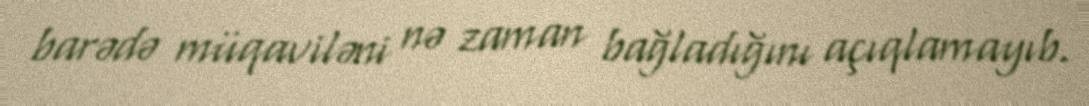
barədə müqaviləni nə zaman bağladığını açıqlamayıb.